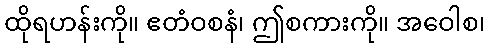
ထိုရဟန်းကို။ ဧတံဝစနံ၊ ဤစကားကို။ အဝေါစ၊